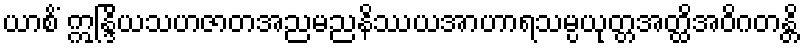
ယာစိံ ဣန္ဒြိယသဟဇာတအညမညနိဿယအာဟာရသမ္ပယုတ္တအတ္ထိအဝိဂတန္တိ